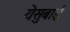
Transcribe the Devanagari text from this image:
येसुबाई